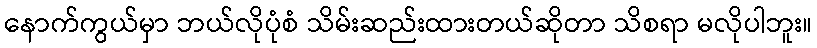
နောက်ကွယ်မှာ ဘယ်လိုပုံစံ သိမ်းဆည်းထားတယ်ဆိုတာ သိစရာ မလိုပါဘူး။